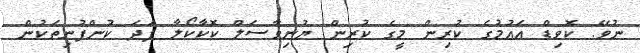
ނުވޭ. ކޮވިޑް އައުމުގެ ކުރިން މީގެ ކުރިން ޔުނިވާސަލް ކޮކާކޯލާ ފަދަ ކުންފުނިތަކުން